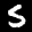
Label: 5